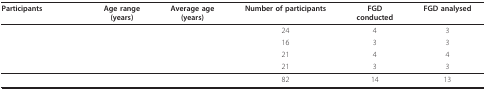
<table><thead><tr><td><b>Participants</b></td><td><b>Age range(years)</b></td><td><b>Average age(years)</b></td><td><b>Number of participants</b></td><td><b>FGDconducted</b></td><td><b>FGD analysed</b></td></tr></thead><tbody><tr><td>[EMPTY_CELL]</td><td>[EMPTY_CELL]</td><td>[EMPTY_CELL]</td><td>24</td><td>4</td><td>3</td></tr><tr><td>[EMPTY_CELL]</td><td>[EMPTY_CELL]</td><td>[EMPTY_CELL]</td><td>16</td><td>3</td><td>3</td></tr><tr><td>[EMPTY_CELL]</td><td>[EMPTY_CELL]</td><td>[EMPTY_CELL]</td><td>21</td><td>4</td><td>4</td></tr><tr><td>[EMPTY_CELL]</td><td>[EMPTY_CELL]</td><td>[EMPTY_CELL]</td><td>21</td><td>3</td><td>3</td></tr><tr><td>[EMPTY_CELL]</td><td>[EMPTY_CELL]</td><td>[EMPTY_CELL]</td><td>82</td><td>14</td><td>13</td></tr></tbody></table>